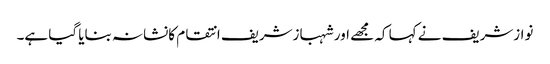
نوازشریف نے کہا کہ مجھے اور شہبازشریف انتقام کانشانہ بنایا گیا ہے۔